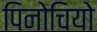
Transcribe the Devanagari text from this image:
पिनोचियो